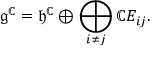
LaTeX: { \mathfrak { g } } ^ { \mathbb { C } } = { \mathfrak { h } } ^ { \mathbb { C } } \oplus \bigoplus _ { i \neq j } \mathbb { C } E _ { i j } .